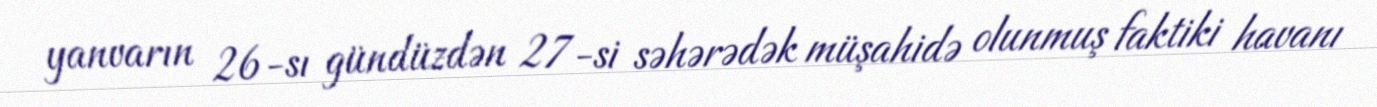
yanvarın 26-sı gündüzdən 27-si səhərədək müşahidə olunmuş faktiki havanı